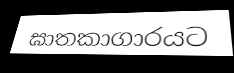
ඝාතකාගාරයට